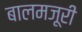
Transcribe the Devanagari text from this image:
बालमजूरी